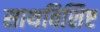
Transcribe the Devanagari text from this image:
साथविशिष्ट